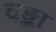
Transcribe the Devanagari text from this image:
वङ्का